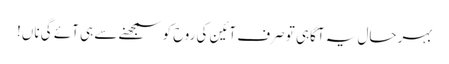
بہرحال یہ آگاہی تو صرف آئین کی روح کو سمجھنے سے ہی آئے گی ناں!